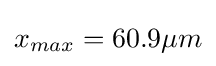
x_{max}=60.9\mu m